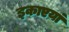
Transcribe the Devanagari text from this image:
इकाएयां